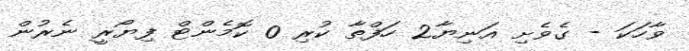
ވާހަކަ - ގެވެށި އަނިޔާ2 ހަފްތާ ކުރި 0 ކޮމެންޓް ފިޔޯރީ ނެރުން